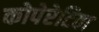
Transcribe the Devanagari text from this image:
कोपेरेटिवा